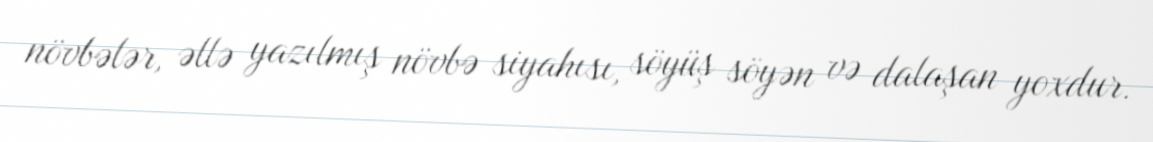
növbələr, əllə yazılmış növbə siyahısı, söyüş söyən və dalaşan yoxdur.